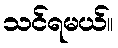
သင်ရမယ်။